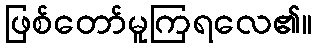
ဖြစ်တော်မူကြရလေ၏။